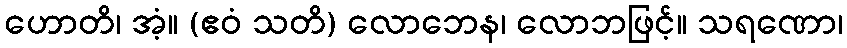
ဟောတိ၊ အံ့။ (ဧဝံ သတိ) လောဘေန၊ လောဘဖြင့်။ သရဏော၊